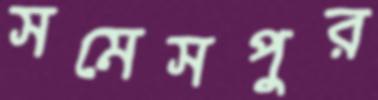
সমেসপুর